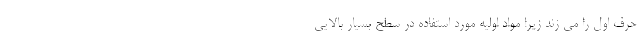
حرف اول را می زند زیرا مواد اولیه مورد استفاده در سطح بسیار بالایی